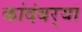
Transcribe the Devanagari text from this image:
कांदंबर्‍या